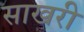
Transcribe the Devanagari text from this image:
साखरी